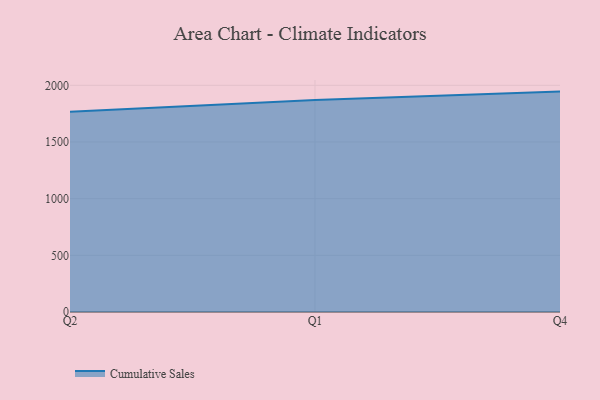
{"axis": {"x": "Quarter", "y": "Bounce Rate (%)"}, "legend": ["Cumulative Sales"], "data": [{"x": "Q2", "y": 1767.1, "type": "Cumulative Sales"}, {"x": "Q1", "y": 1870.3, "type": "Cumulative Sales"}, {"x": "Q4", "y": 1944.5, "type": "Cumulative Sales"}]}